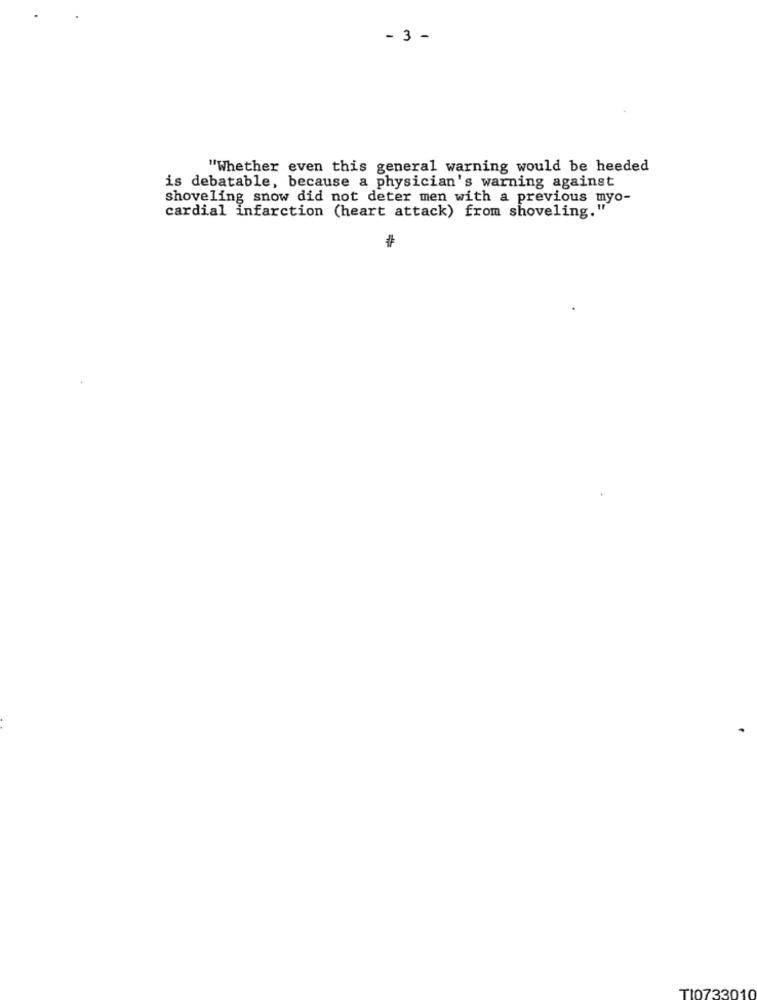
- 3 -
"Whether even this general warning would be heeded
is debatable, because a physician's warning against
shoveling snow did not deter men with a previous myo-
cardial infarction (heart attack) from shoveling."
TI0733010